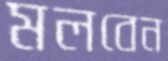
মলবেন